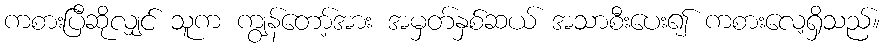
ကစားပြီဆိုလျှင် သူက ကျွန်တော့်အား အမှတ်နှစ်ဆယ် အသာစီးပေး၍ ကစားလေ့ရှိသည်။